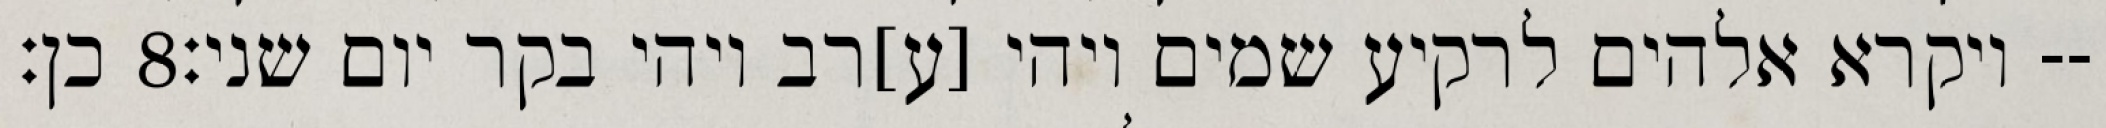
כן׃ ‎8‏ ויקרא אלהים לרקיע שמים ויהי [ע]רב ויהי בקר יום שני׃--